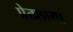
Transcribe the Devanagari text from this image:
प्रेतछाया